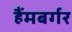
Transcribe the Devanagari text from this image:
हैंमबर्गर